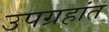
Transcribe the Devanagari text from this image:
उपग्रहांत